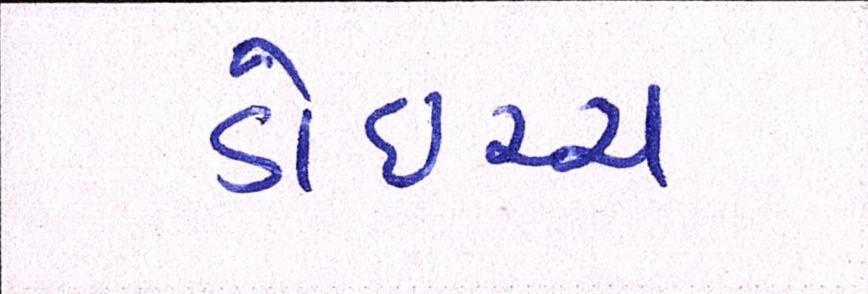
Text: ડોઇચ્ચ